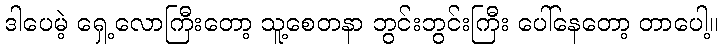
ဒါပေမဲ့ ရှေ့လောကြီးတော့ သူ့စေတနာ ဘွင်းဘွင်းကြီး ပေါ်နေတော့ တာပေါ့။